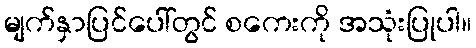
မျက်နှာပြင်ပေါ်တွင် စကေးကို အသုံးပြုပါ။